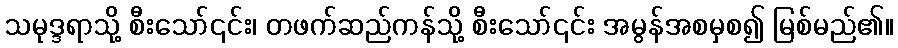
သမုဒ္ဒရာသို့ စီးသော်၎င်း၊ တဖက်ဆည်ကန်သို့ စီးသော်၎င်း အမွန်အစမှစ၍ မြစ်မည်၏။